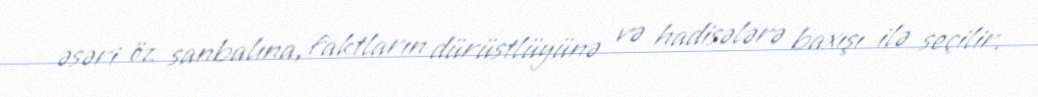
əsəri öz sanbalına, faktların dürüstlüyünə və hadisələrə baxışı ilə seçilir.